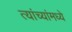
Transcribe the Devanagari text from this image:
त्यांच्यांमध्ये